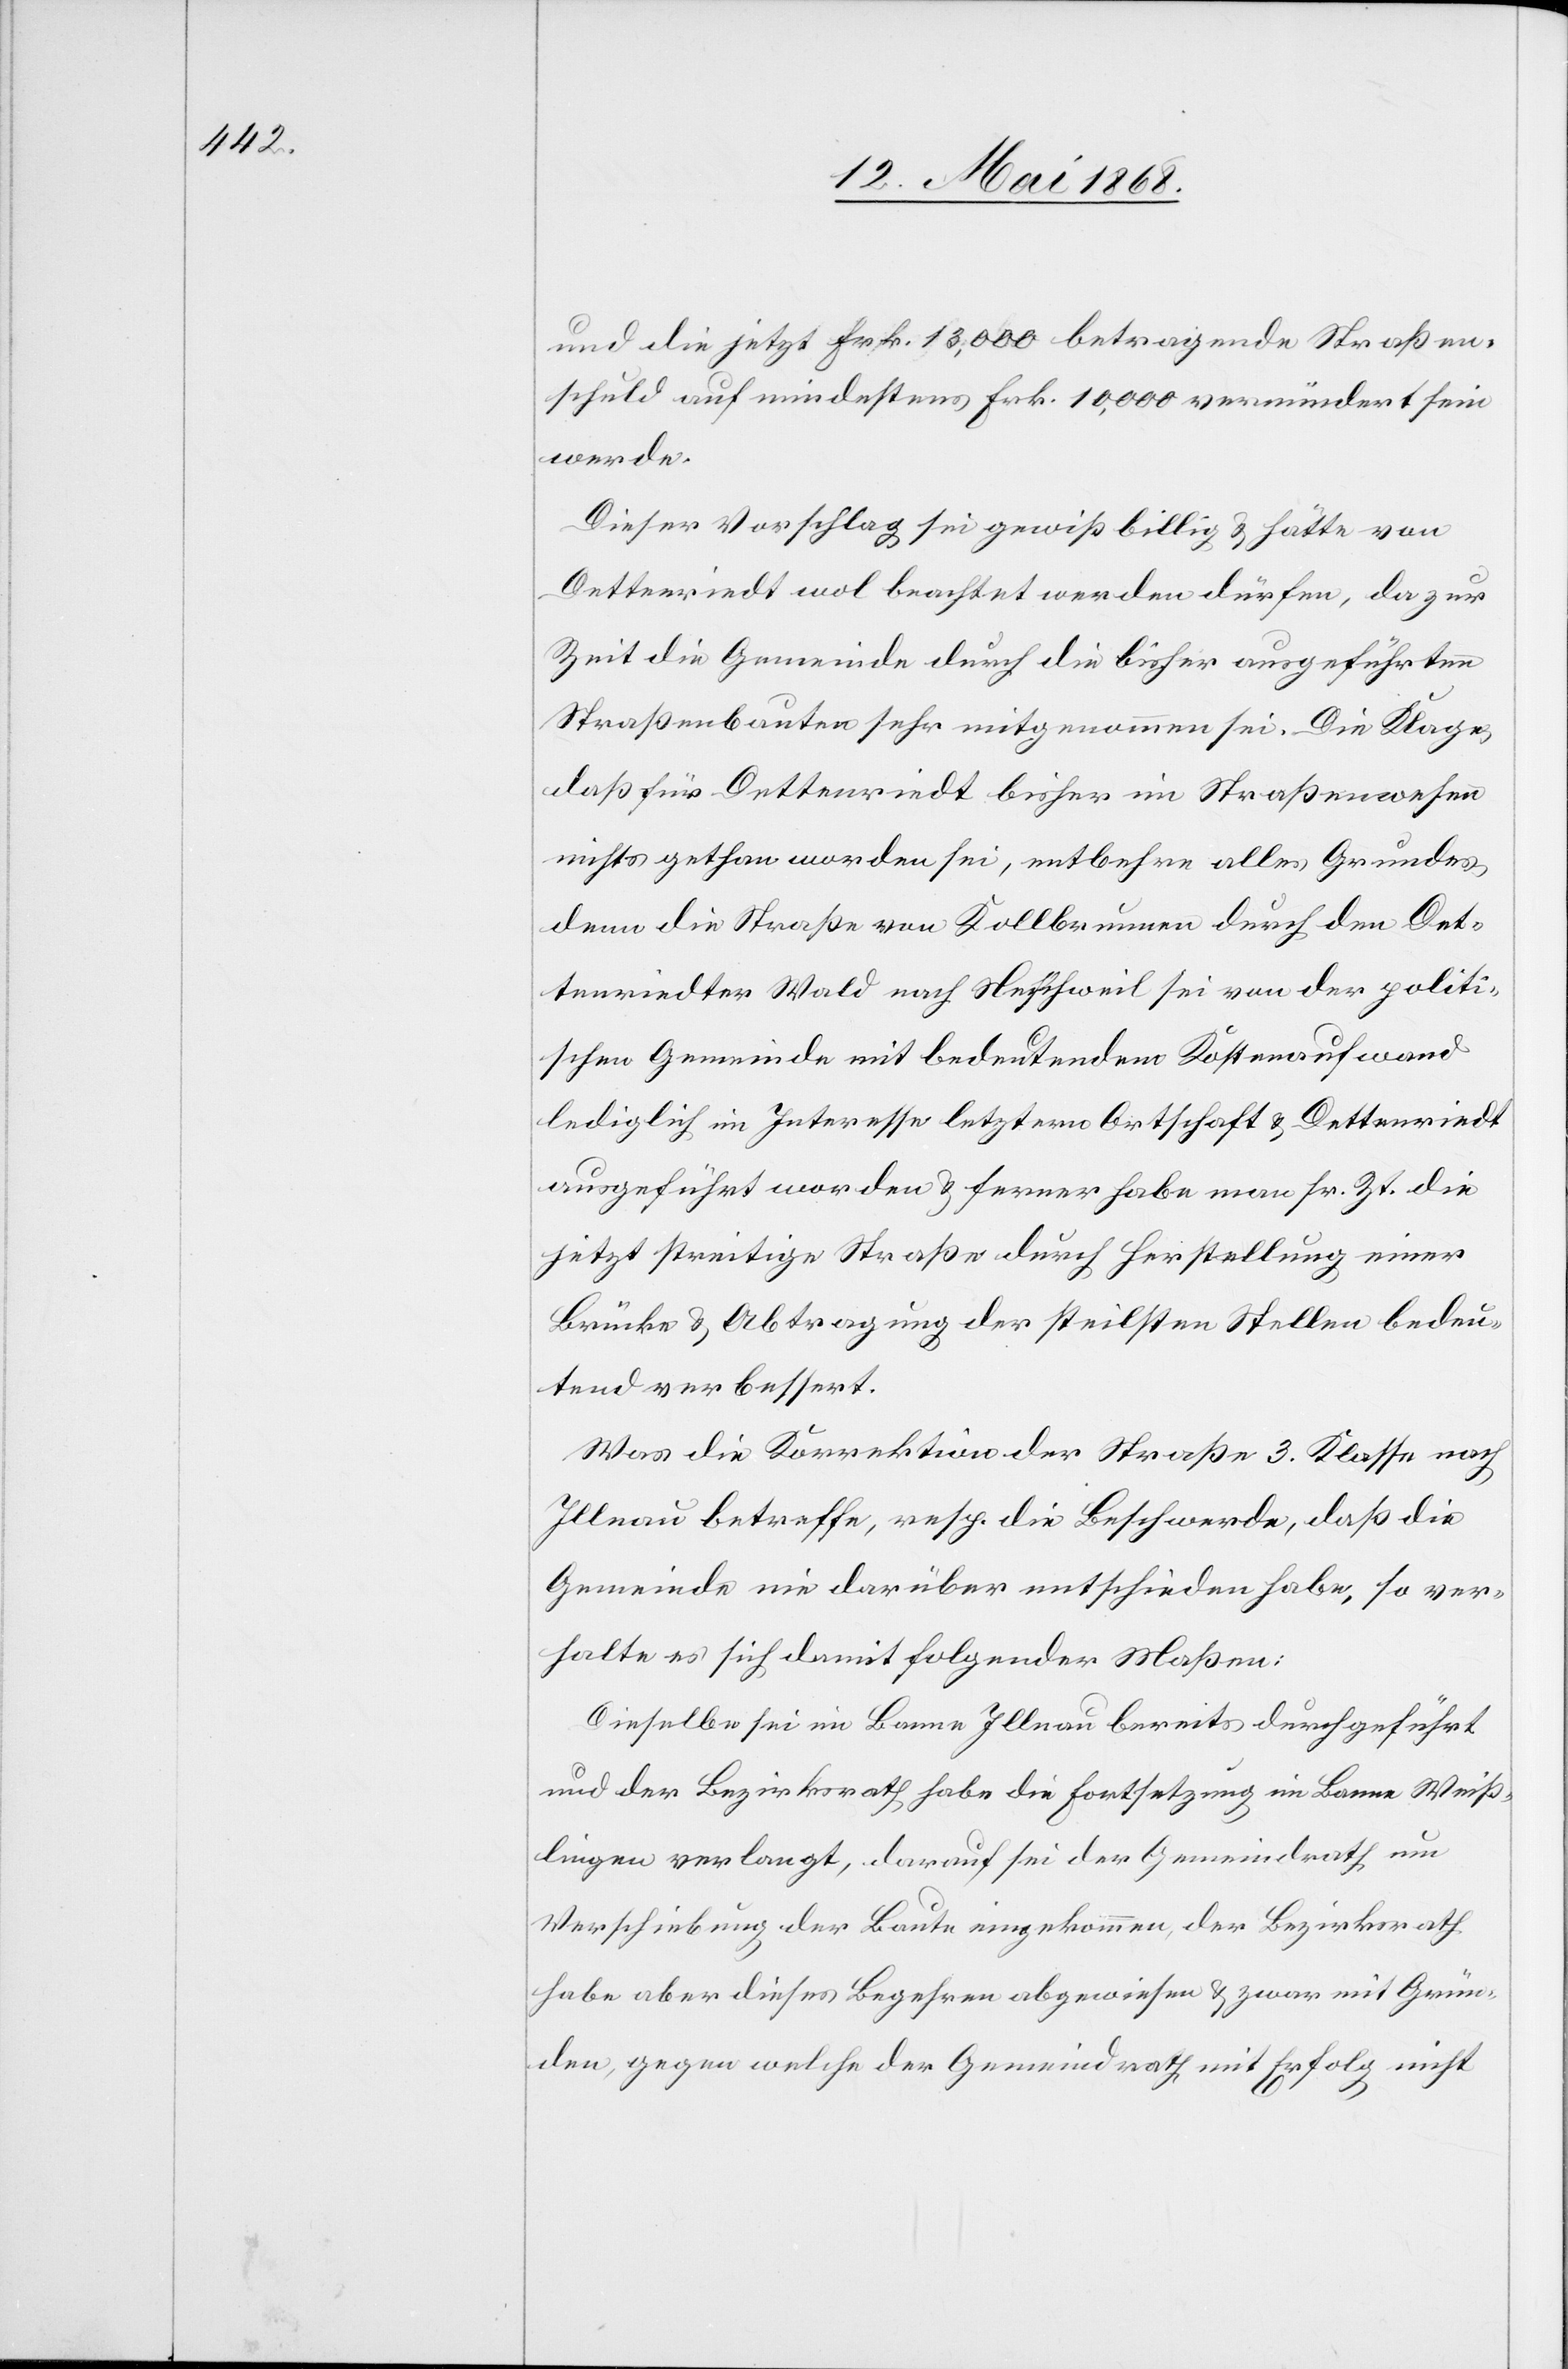
und die jetzt Frk. 13,000 betragende Straßen¬
schuld auf mindestens Frk. 10,000 vermindert sein
werde.
Dieser Vorschlag sei gewiß billig & hätte von
Dettenriedt wol beachtet werden dürfen, da zur
Zeit die Gemeinde durch die bisher ausgeführten
Straßenbauten sehr mitgenommen sei. Die Klage,
daß für Dettenriedt bisher im Straßenwesen
nichts gethan worden sei, entbehre alles Grundes,
denn die Straße von Kollbrunnen durch den Det¬
tenriedter Wald nach Neschweil sei von der politi¬
schen Gemeinde mit bedeutendem Kostenaufwand
lediglich im Interesse letztern Ortschaft & Dettenriedt
ausgeführt worden & ferner habe man sr. Zt. die
jetzt streitige Straße durch Herstellung einer
Brücke & Abtragung der steilsten Stellen bedeu¬
tend verbessert.
Was die Korrektion der Straße 3. Klasse nach
Illnau betreffe, resp. die Beschwerde, daß die
Gemeinde nie darüber entschieden habe, so ver¬
halte es sich damit folgender Maßen:
Dieselbe sei im Banne Illnau bereits durchgeführt
und der Bezirksrath habe die Fortsetzung im Banne Weiß¬
lingen verlangt, darauf sei der Gemeindrath um
Verschiebung der Baute eingekommen, der Bezirksrath
habe aber dieses Begehren abgewiesen & zwar mit Grün¬
den, gegen welche der Gemeindrath mit Erfolg nicht